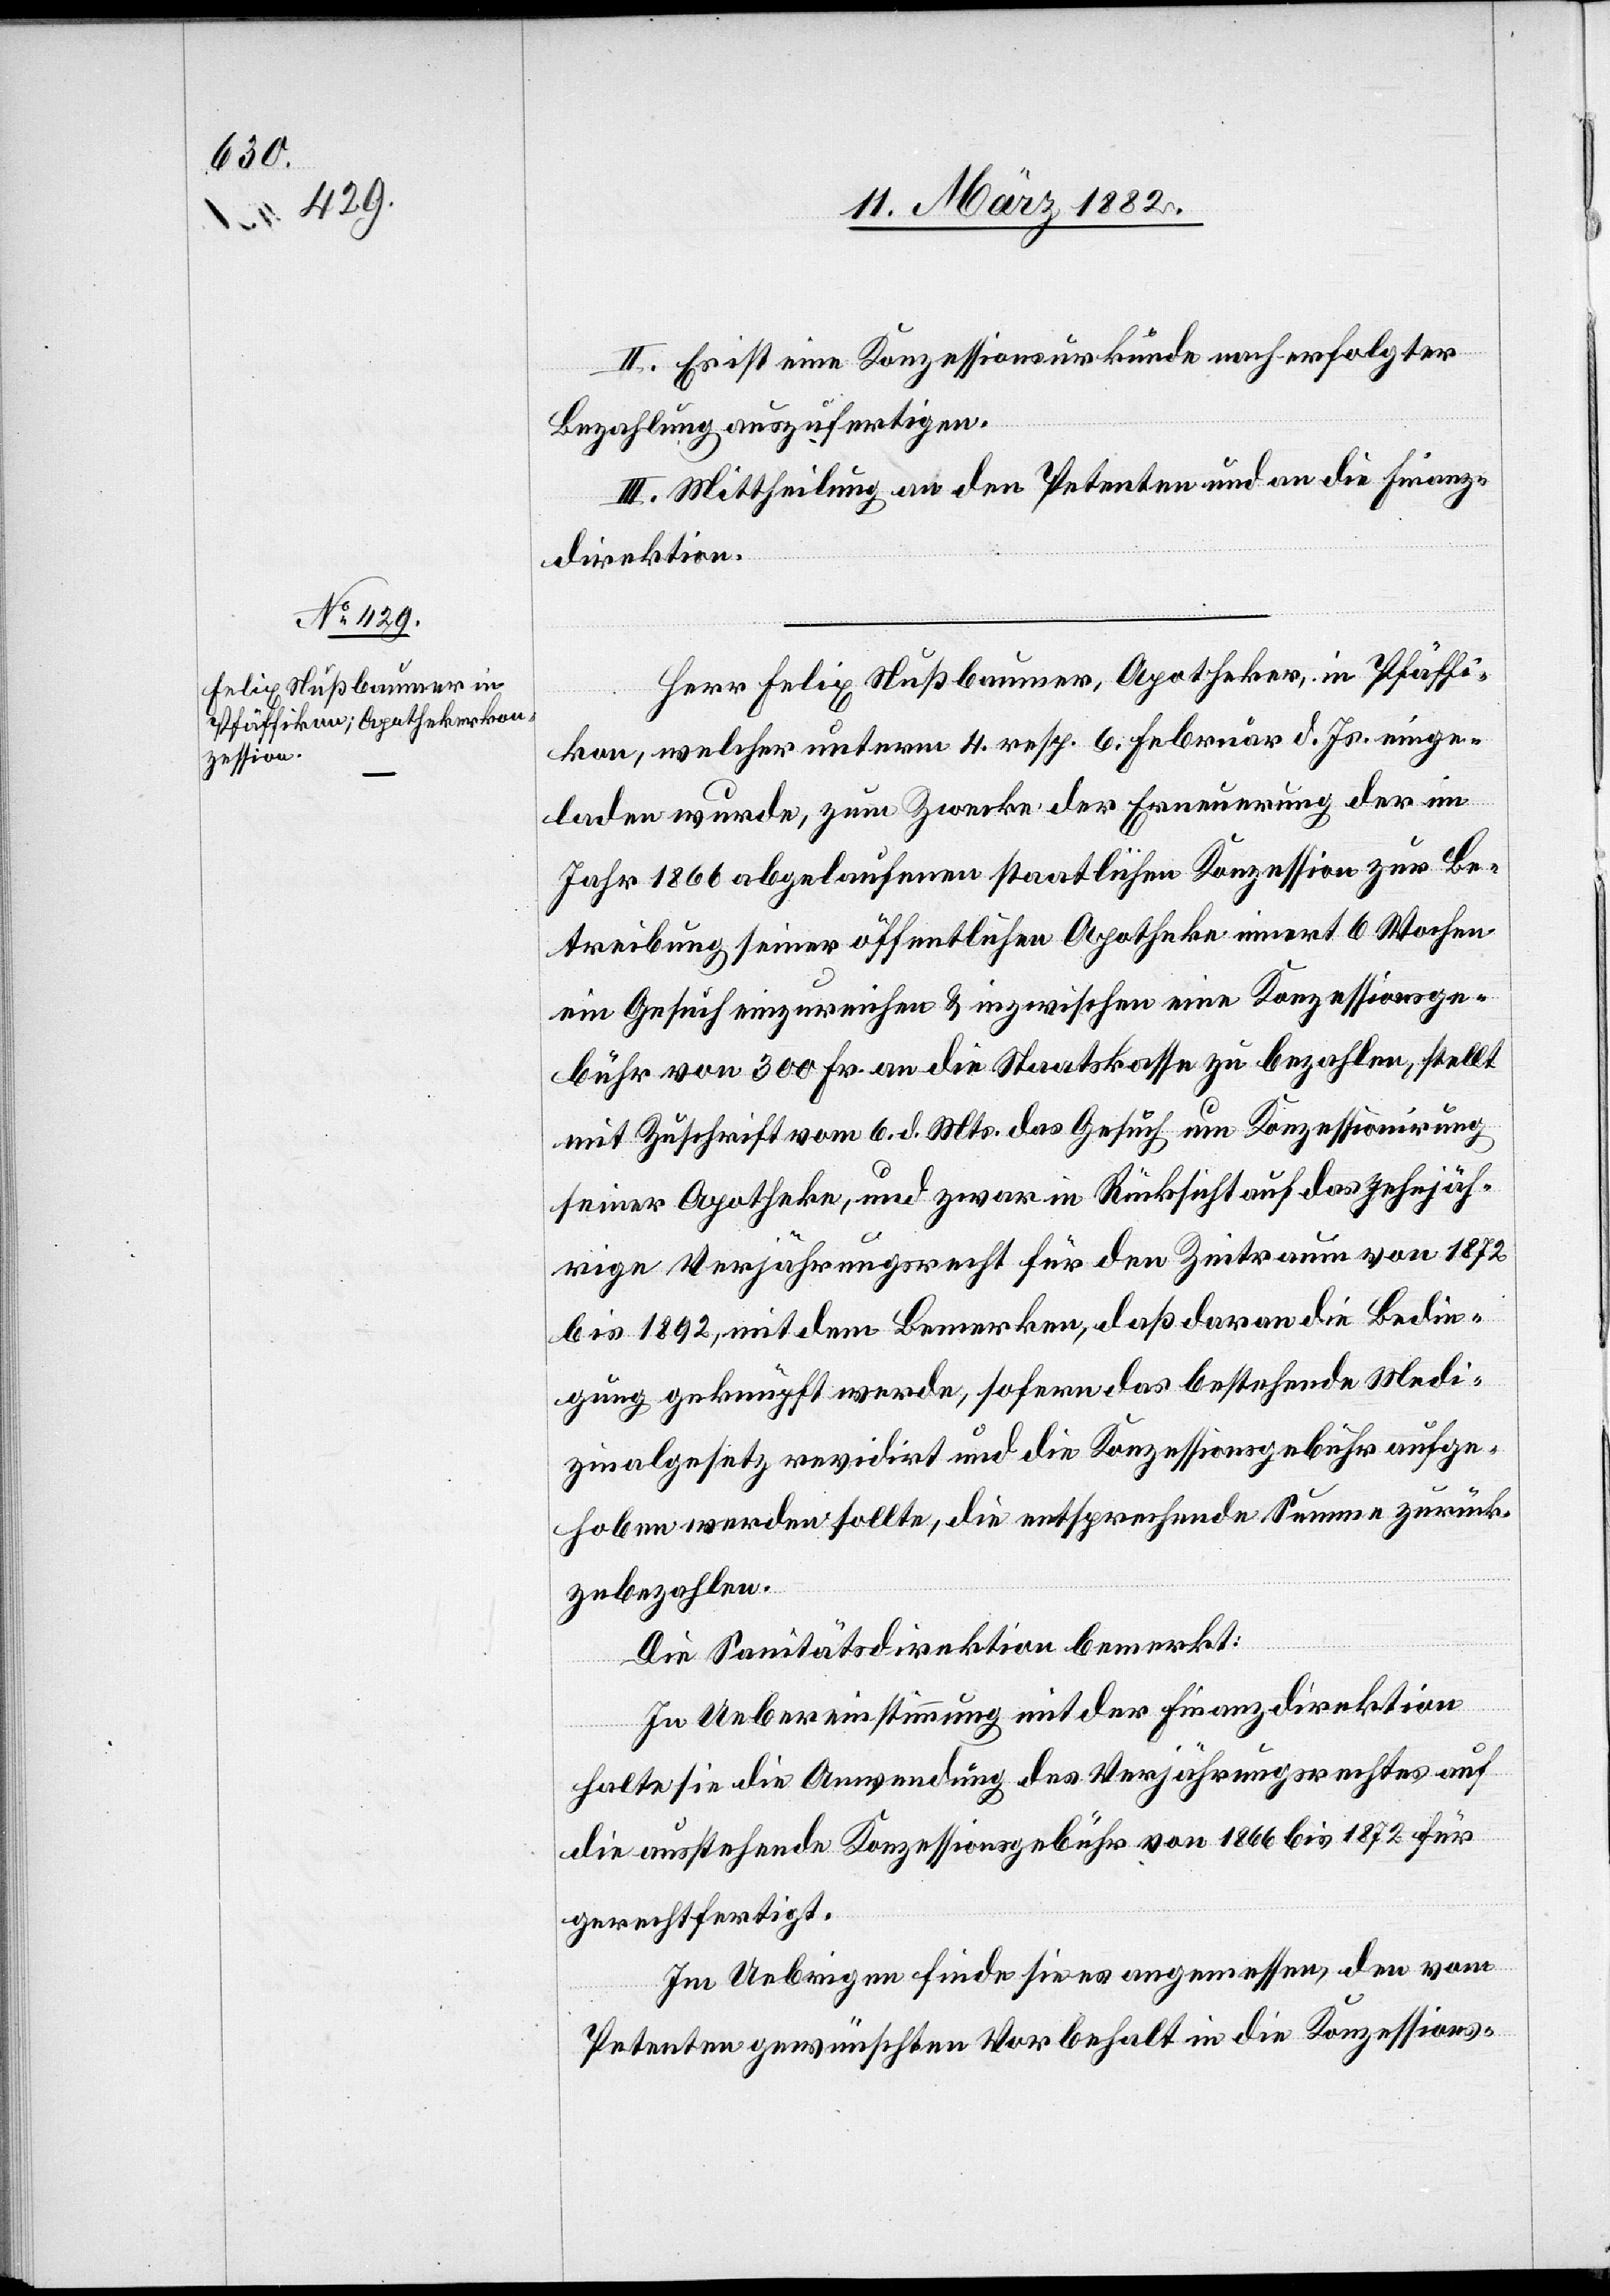
II. Es ist eine Konzessionsurkunde nach erfolgter
Bezahlung anzufertigen.
III. Mittheilung an den Petenten und an die Finanz¬
direktion.
Herr Felix Nußbaumer, Apotheker, in Pfäffi¬
kon, welcher unterm 4. resp. 6. Februar d. Js. einge¬
laden wurde, zum Zwecke der Erneuerung der im
Jahr 1866 abgelaufenen staatlichen Konzession zur Be¬
treibung seiner öffentlichen Apotheke innert 6 Wochen
ein Gesuch einzureichen & inzwischen eine Konzessionsge¬
bühr von 300 Fr. an die Staatskasse zu bezahlen, stellt
mit Zuschrift vom 6. d. Mts. das Gesuch um Konzessionierung
seiner Apotheke, und zwar in Rücksicht auf das zehnjäh¬
rige Verjährungsrecht für den Zeitraum von 1872
bis 1892, mit dem Bemerken, daß daran die Bedin¬
gung geknüpft werde, sofern das bestehende Medi¬
zinalgesetz revidirt und die Konzessionsgebühr aufge¬
hoben werden sollte, die entsprechende Summe zurück¬
zubezahlen.
Die Sanitätsdirektion bemerkt:
In Uebereinstimmung mit der Finanzdirektion
halte sie die Anwendung des Verjährungsrechtes auf
die ausstehende Konzessionsgebühr von 1866 bis 1872 für
gerechtfertigt.
Im Uebrigen finde sie es angemessen, den vom
Petenten gewünschten Vorbehalt in die Konzessions-